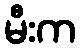
မီးက